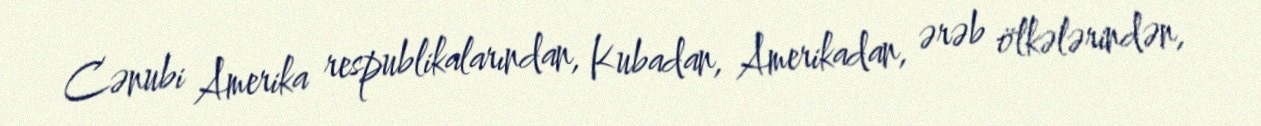
Cənubi Amerika respublikalarından, Kubadan, Amerikadan, ərəb ölkələrindən,